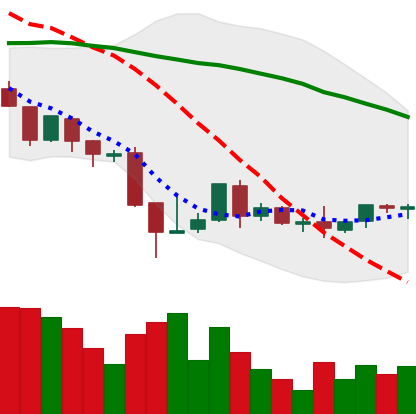
Ticker: BNB-USD
Chart end date: 2018-08-26
Forward return: 8.131%
Label: up_7plus